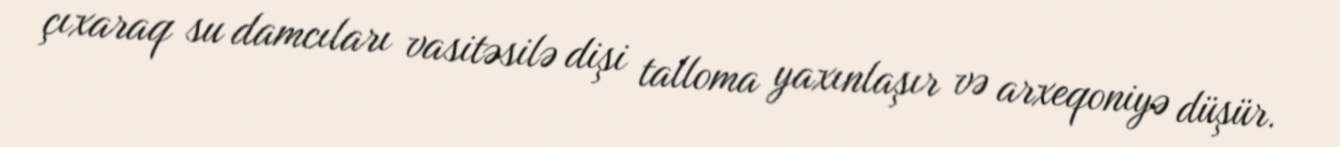
çıxaraq su damcıları vasitəsilə dişi talloma yaxınlaşır və arxeqoniyə düşür.